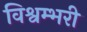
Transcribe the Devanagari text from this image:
विश्वम्भरी